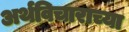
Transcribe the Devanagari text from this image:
अर्थविचाराच्या